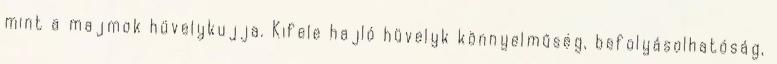
mint a majmok hüvelykujja. Kifele hajló hüvelyk könnyelműség, befolyásolhatóság,